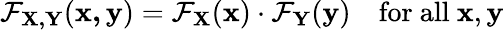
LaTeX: \mathcal{F}_{\mathbf{{X,Y}}}(\mathbf{{x,y}})=\mathcal{F}_{\mathbf{{X}}}(\mathbf{{x}})\cdot\mathcal{F}_{\mathbf{{Y}}}(\mathbf{{y}})\quad{\mathrm{{for~all~}}}\mathbf{{x}},\mathbf{{y}}